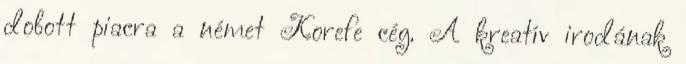
dobott piacra a német Korefe cég. A kreatív irodának